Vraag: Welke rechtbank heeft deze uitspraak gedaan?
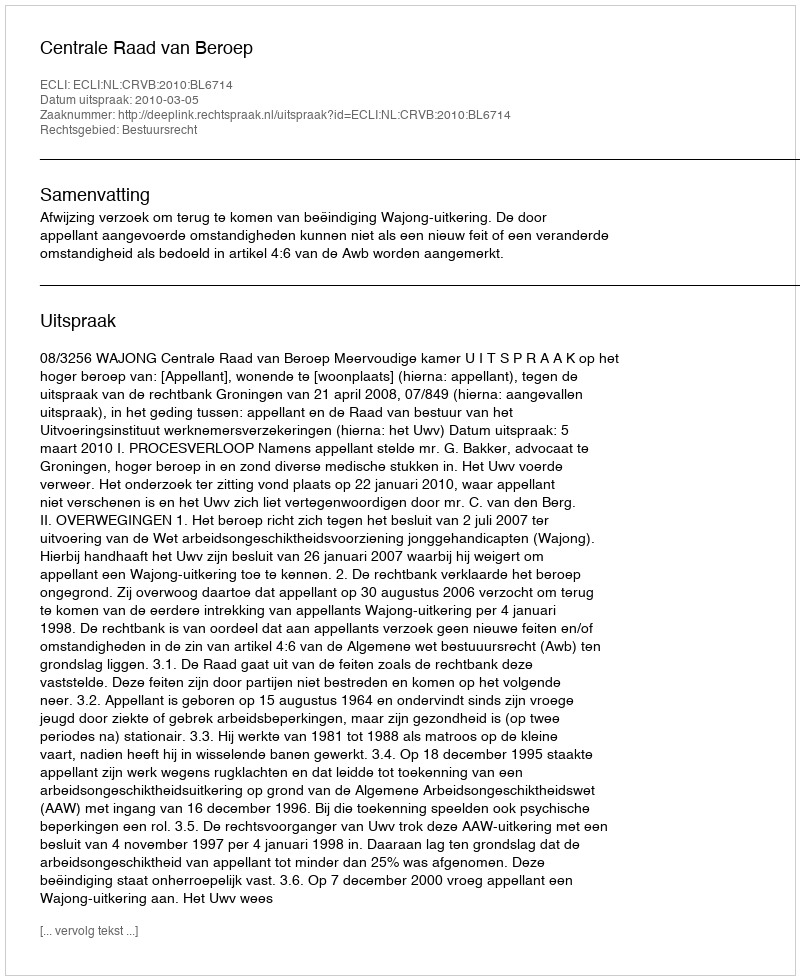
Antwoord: Centrale Raad van Beroep